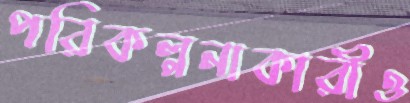
পরিকল্পনাকারীও